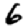
Digit: 6